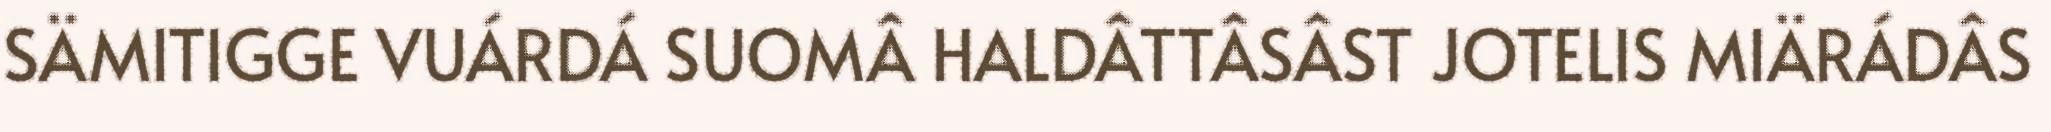
SÄMITIGGE VUÁRDÁ SUOMÂ HALDÂTTÂSÂST JOTELIS MIÄRÁDÂS